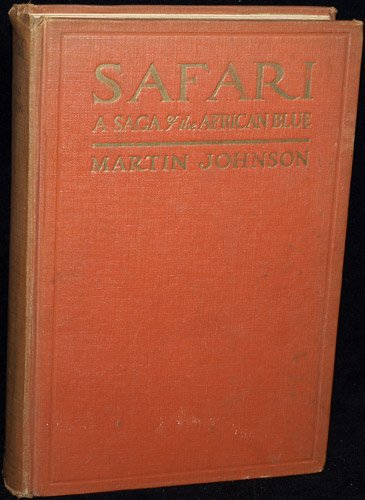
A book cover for Safari;: A saga of the African blue,; Martin Johnson; Travel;